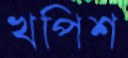
খপিশ